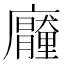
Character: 𭚐